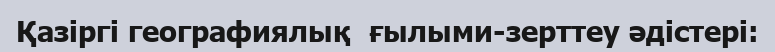
Қазіргі географиялық  ғылыми-зерттеу әдістері: